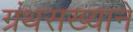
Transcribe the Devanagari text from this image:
ग्रंथसख्याने